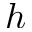
h